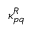
\kappa _ { p q } ^ { R }